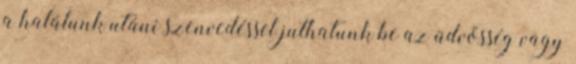
a halálunk utáni szenvedéssel juthatunk be az üdvösség vagy